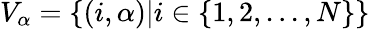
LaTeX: V_{\alpha}=\{ (i,\alpha)|i\in\{ 1,2,...,N\} \}